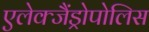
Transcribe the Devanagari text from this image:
एलेक्जैंड्रोपोलिस